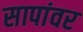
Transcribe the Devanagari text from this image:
सापांवर